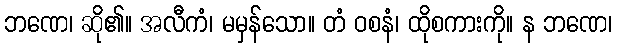
ဘဏေ၊ ဆို၏။ အလီကံ၊ မမှန်သော။ တံ ဝစနံ၊ ထိုစကားကို။ န ဘဏေ၊